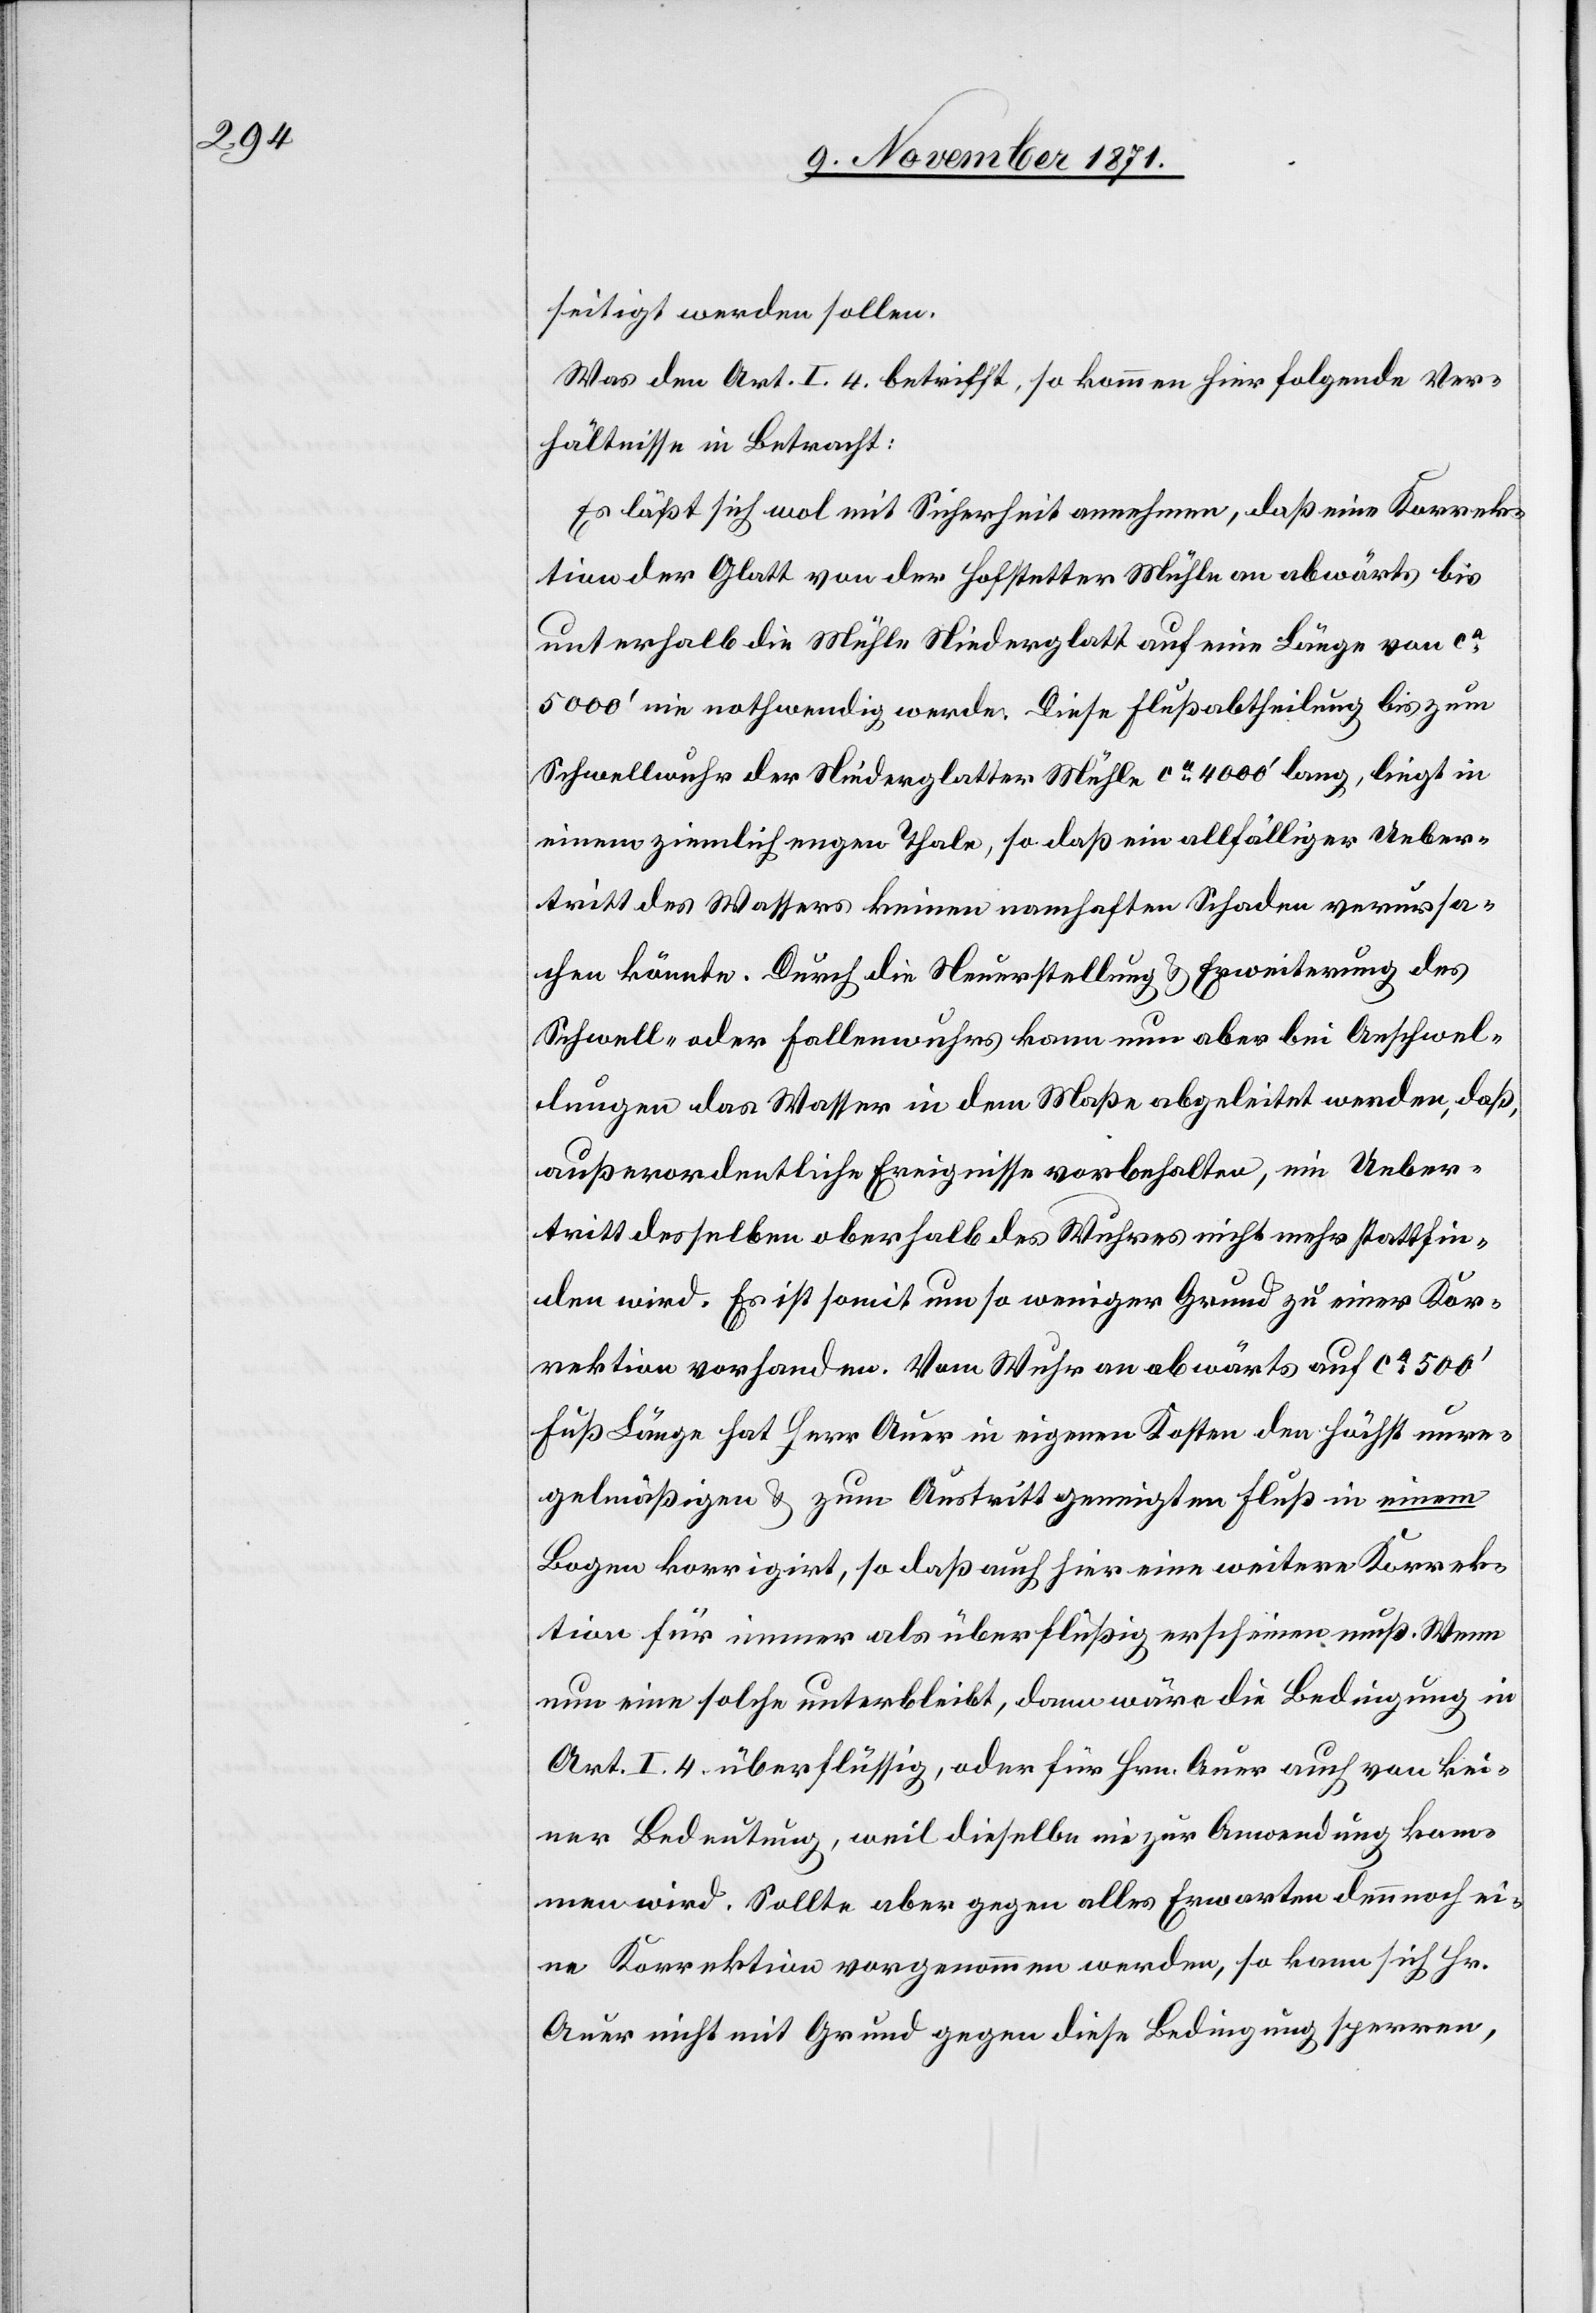
seitigt werden sollen.
Was den Art. I. 4. betrifft, so kommen hier folgende Ver¬
hältnisse in Betracht:
Es läßt sich wol mit Sicherheit annehmen, daß eine Korrek¬
tion der Glatt von der Hofstetter Mühle an abwärts bis
unterhalb die Mühle Niederglatt auf eine Länge von ca
5000’ nie nothwendig werde. Diese Flußabtheilung bis zum
Schwellwuhr der Niederglatter Mühle ca 4000’ lang, liegt in
einem ziemlich engen Thale, so daß ein allfälliger Ueber¬
tritt des Wassers keinen namhaften Schaden verursa¬
chen könnte. Durch die Neuerstellung & Erweiterung des
Schwell- oder Fallenwuhrs kann nun aber bei Anschwel¬
lungen das Wasser in dem Maße abgeleitet werden, daß,
außerordentliche Ereignisse vorbehalten, ein Ueber¬
tritt derselben oberhalb des Wuhres nicht mehr stattfin¬
den wird. Es ist somit umso weniger Grund zu einer Kor¬
rektion vorhanden. Vom Wuhr an abwärts auf ca 500’
Fuß Länge hat Herr Auer in eigenen Kosten den höchst unre¬
gelmäßigen & zum Austritt geeigneten Fluß in einem
Bogen korrigiert, so daß auch hier eine weitere Korrek¬
tion für immer als überflüssig erscheinen muß. Wenn
nun eine solche unterbleibt, dann wäre die Bedingung in
Art. I. 4. überflüssig, oder für Hrn. Auer auch von kei¬
ner Bedeutung, weil dieselbe nie zur Anwendung kom¬
men wird. Sollte aber gegen alles Erwarten dennoch ei¬
ne Korrektion vorgenommen werden, so kann sich Hr.
Auer nicht mit Grund gegen diese Bedingung sperren,